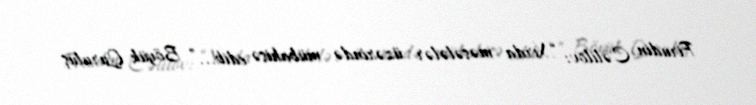
Firudin Cəlilov: “Xırda məsələlər üzərində mübahisə edib...” Böyük Quruluş